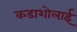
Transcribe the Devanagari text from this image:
कडाशोलाई